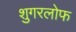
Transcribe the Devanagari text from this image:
शुगरलोफ